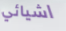
اشيائي